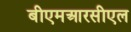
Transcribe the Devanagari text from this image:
बीएमआरसीएल